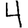
Digit: 4